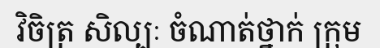
វិចិត្រ សិល្បៈ ចំណាត់ថ្នាក់ ក្រុម